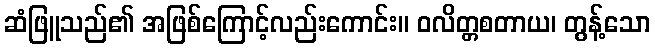
ဆံဖြူသည်၏ အဖြစ်ကြောင့်လည်းကောင်း။ ဝလိတ္တစတာယ၊ တွန့်သော